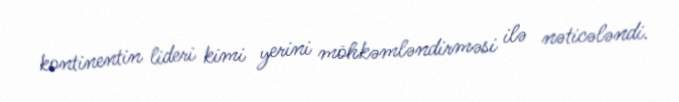
kontinentin lideri kimi yerini möhkəmləndirməsi ilə nəticələndi.